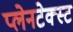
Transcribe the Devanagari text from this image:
प्लेनटेक्स्ट